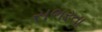
સભરતા